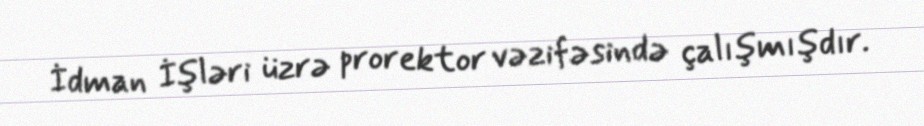
İdman İşləri üzrə prorektor vəzifəsində çalışmışdır.